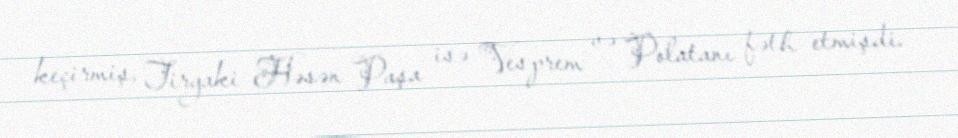
keçirmiş, Tiryaki Həsən Paşa isə Vesprem və Polatanı fəth etmişdi.